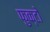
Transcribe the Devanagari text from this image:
फुक्टो